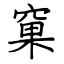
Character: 窠